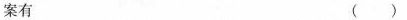
案有 ( )